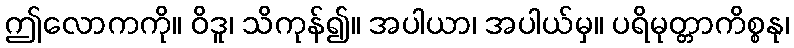
ဤလောကကို။ ဝိဒူ၊ သိကုန်၍။ အပါယာ၊ အပါယ်မှ။ ပရိမုတ္တာကိစ္စနု၊